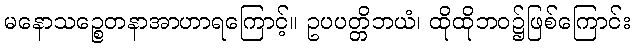
မနောသဉ္စေတနာအာဟာရကြောင့်။ ဥပပတ္တိဘယံ၊ ထိုထိုဘဝ၌ဖြစ်ကြောင်း